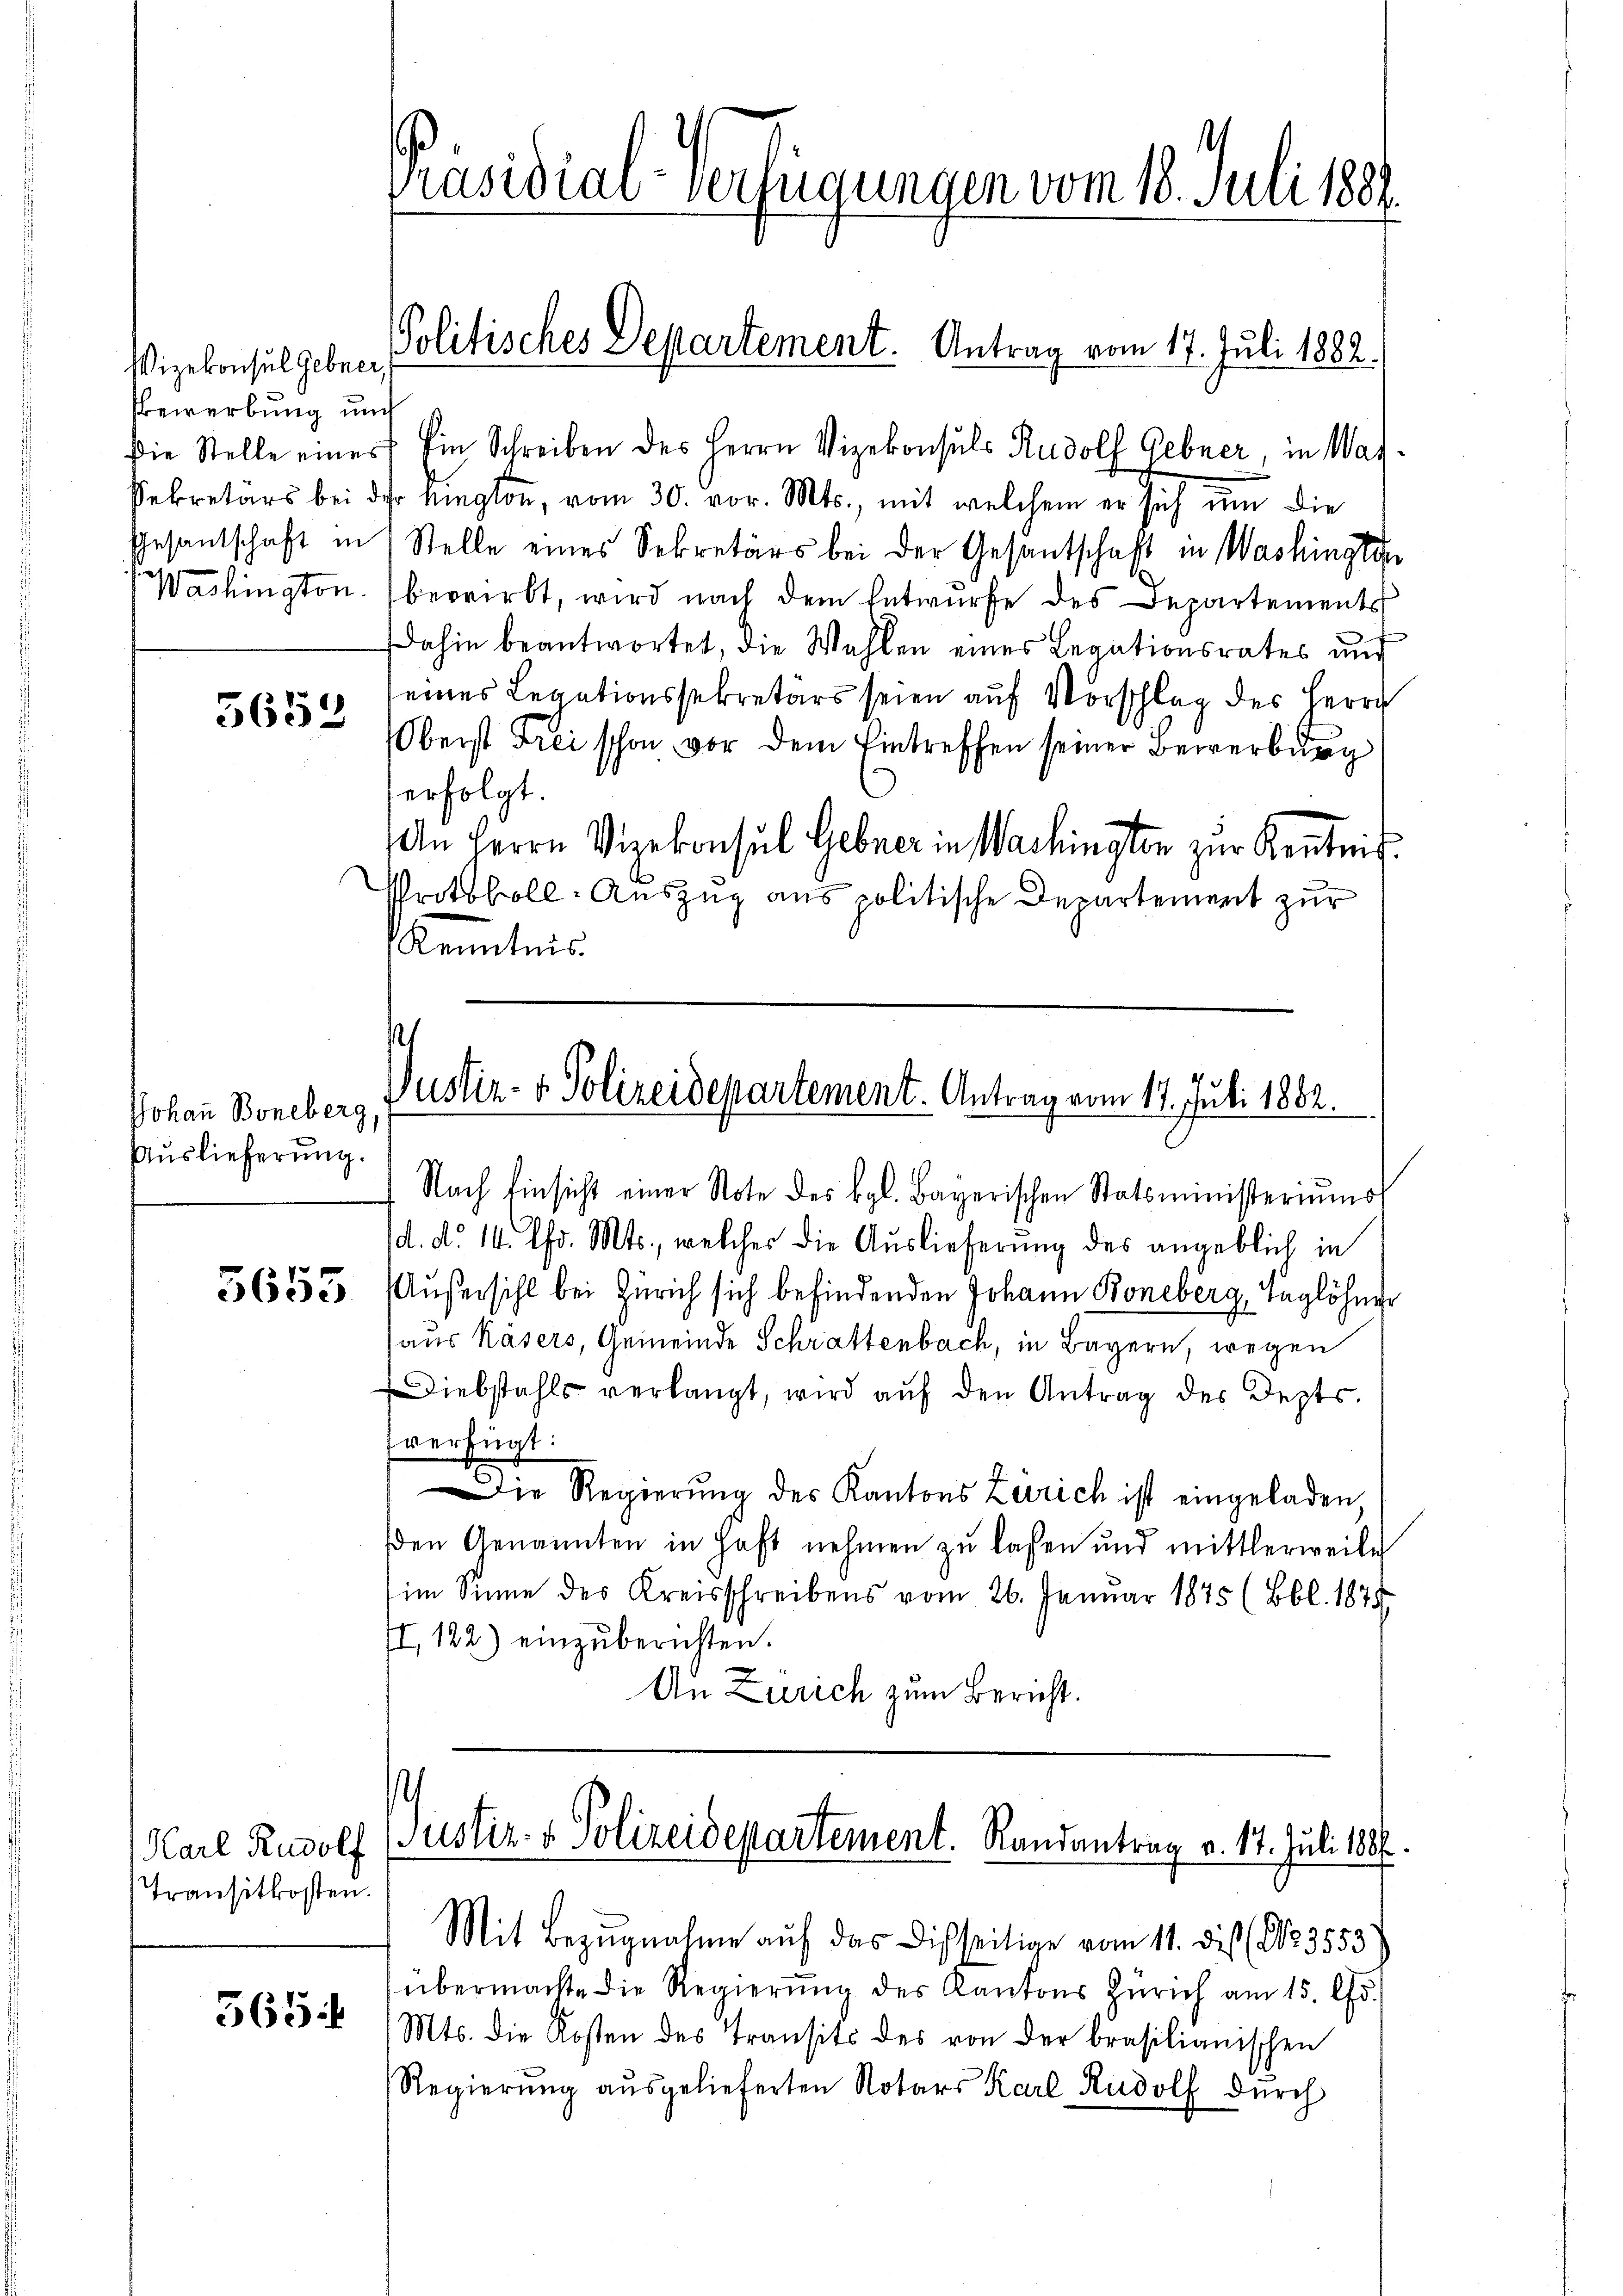
Vizekonsul gebner
Bewerbung und
e

5653

Johann Boneberg.
Auslieferung.

5653

die Stelle einer Ein Schreiben des Herrn Vizekonsuls Rudolf Gebner, in Wag¬
Sekretärs bei der Megton, vom 30. vor. Mts., mit welchem er sich um die
Gesantschaft in Stelle eines Sekretärs bei der Gesantschaft in Washington
Washington bewirbt, wird nach dem Entwurfe des Departements
dahin beantwortet, die Wahlen eines Legationsrates und
seines Legationssekretärs seien auf Vorschlag des Herrn
Oberst Frei schon vor dem Eintreffen seiner Bewerburg
erfolgt.
An Herrn Vizekonsul Gebner in Washington zur Kentnis.
Protokoll-Auszug aus politische Departement zur
Kenntnis

Transitkosten.

565:

Präsidial-Verfügungen vom 18. Juli 1888.

Politisches Departement. Antrag vom 17. Juli 1882.

Justiz- & Polizeidepartement. Antrag vom 17. Juli 1882.

Nach Einsicht einer Note des vgl. Bayerischen Statsministeriums
d. d. 14. Chr. Mts., welcher die Auslieferung des angeblich in
Außersihl bei Zürich sich befindenden Johann Boneberg, Taglöhner
aus Käsers, Gemeinde Schrattenbach, in Bayern, wegen
Diebstahls verlangt, wird aŭf den Antrag des Depts.
fverfügt:
Die Regierŭng des Kantons Zürich ist eingeladen,
den Genannten in Haft nehmen zu lassen und mittlerweile
im Sinne des Kreisschreibens vom 26. Januar 1875 (Bbl. 1875
II, 122) einzŭberichten.
An Zürich zum Bericht.

Karl Rudolf Justiz- & Polizeidepartement. Randantrag v. 17. Juli 1881.
Mit Bezugnahme auf das Disseitige vom 11. dis (123553

übermachte die Regierŭng des Kantons Zürich am 15. Js.
Mts. die Kosten des Transits des von der brasilianischen
Regierŭng aŭsgelieferten Notars Karl Rudolf dŭrch